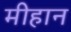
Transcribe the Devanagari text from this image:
मीहान